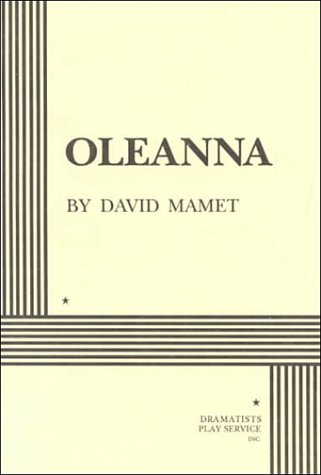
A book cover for Oleanna; David Mamet; Literature & Fiction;